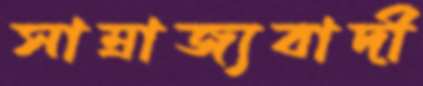
সাম্রাজ্যবাদী